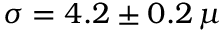
\sigma = 4 . 2 \pm 0 . 2 \, \mu